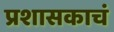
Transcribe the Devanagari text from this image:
प्रशासकाचं